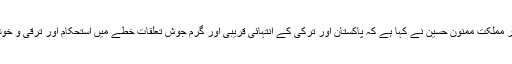
04 مئی2018ء) صدر مملکت ممنون حسین نے کہا ہے کہ پاکستان اور ترکی کے انتہائی قریبی اور گرم جوش تعلقات خطے میں استحکام اور ترقی و خوشحالی کی ضمانت ہیں۔